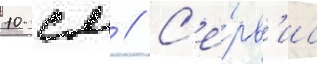
10 см // С'е́рв'ис